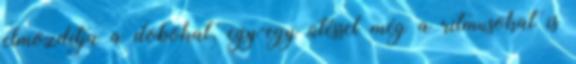
elmozdítja a dobokat, egy-egy ütéssel még a ritmusokat is